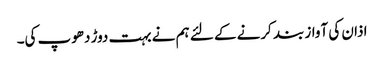
اذان کی آواز بند کرنے کے لئے ہم نے بہت دوڑ دھوپ کی۔